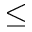
\leq